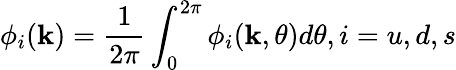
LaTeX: \phi_{i}(\mathbf{k})=\frac{{1}}{{2\pi}}\int_{0}^{2\pi}\phi_{i}(\mathbf{k},\theta)d\theta,i=u,d,s